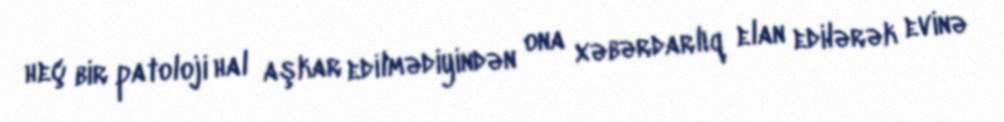
heç bir patoloji hal aşkar edilmədiyindən ona xəbərdarlıq elan edilərək evinə